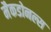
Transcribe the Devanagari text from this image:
मैकडोनल्स